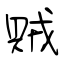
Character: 賊